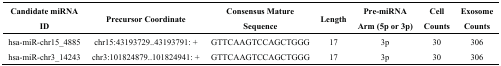
| Candidate miRNA ID | Precursor Coordinate | Consensus Mature Sequence | Length | Pre-miRNA Arm (5p or 3p) | Cell Counts | Exosome Counts |
 | --- | --- | --- | --- | --- | --- | --- |
 | hsa-miR-chr15_4885 | chr15:43193729..43193791: + | GTTCAAGTCCAGCTGGG | 17 | 3p | 30 | 306 |
 | hsa-miR-chr3_14243 | chr3:101824879..101824941: + | GTTCAAGTCCAGCTGGG | 17 | 3p | 30 | 306 |